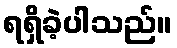
ရရှိခဲ့ပါသည်။